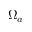
\Omega _ { a }